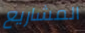
المشاريع